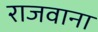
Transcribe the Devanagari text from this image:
राजवाना